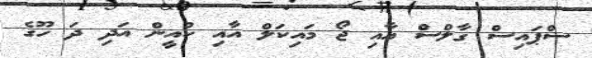
ސްޕައިސް ގާލްސް އާއި ޖޯ މައިކަލް އާއި ކުއީން އަދި ދަ ހޫގެ